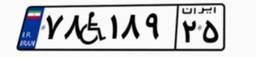
۷۸W۱۸۹۲۵